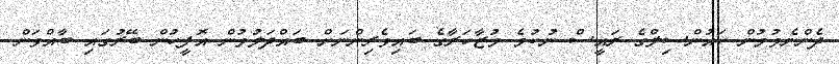
ދެންނެވުމުން ކައުންސިލްގެ ރައީސް ނުކުމެ މުޒާހަރާގެ ބައިވެރިންނަށް ބައްދަލުވުން އޮފީހުން ބޭރުގައި ބާއްވަން